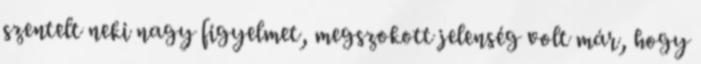
szentelt neki nagy figyelmet, megszokott jelenség volt már, hogy